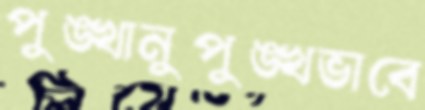
পুঙ্খানুপুঙ্খভাবে